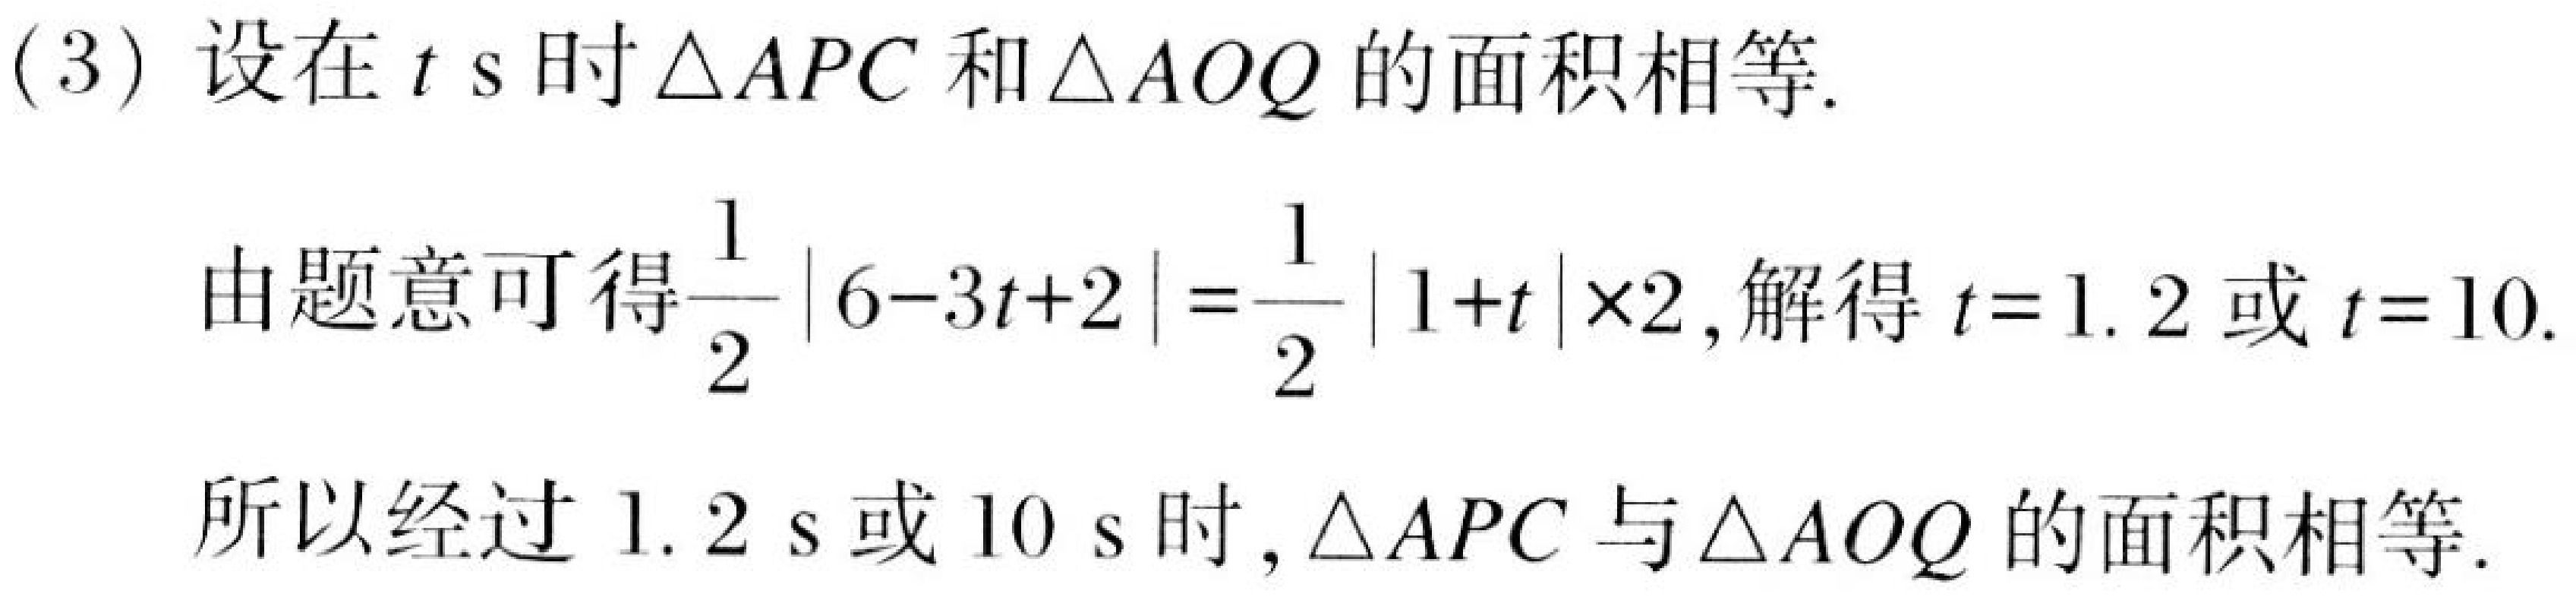
(3) 设在 \(t\ s\) 时 \(\triangle APC\) 和 \(\triangle AOQ\) 的面积相等.
由题意可得\(\dfrac{1}{2}|6 - 3t + 2|=\dfrac{1}{2}|1 + t|\times2\), 解得 \(t = 1.2\) 或 \(t = 10\).
所以经过 \(1.2\ s\) 或 \(10\ s\) 时,\(\triangle APC\) 与 \(\triangle AOQ\) 的面积相等.